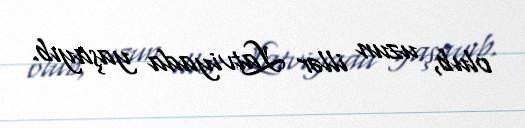
olub, uzun illər Latviyada yaşayıb.